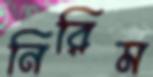
নিরিম